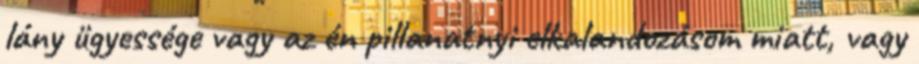
lány ügyessége vagy az én pillanatnyi elkalandozásom miatt, vagy